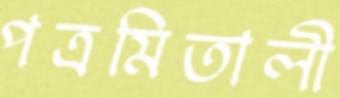
পত্রমিতালী